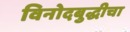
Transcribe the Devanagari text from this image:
विनोदबुद्धीचा